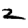
Digit: 2